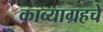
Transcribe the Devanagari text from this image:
काव्याग्रहचे